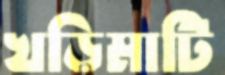
খড়িমাটি